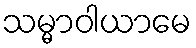
သမ္မာဝါယာမေ